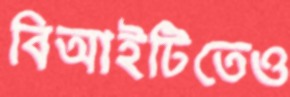
বিআইটিতেও